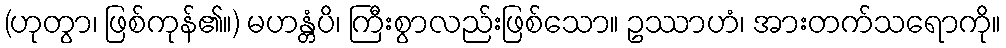
(ဟုတွာ၊ ဖြစ်ကုန်၏။) မဟန္တံပိ၊ ကြီးစွာလည်းဖြစ်သော။ ဥဿာဟံ၊ အားတက်သရောကို။